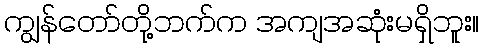
ကျွန်တော်တို့ဘက်က အကျအဆုံးမရှိဘူး။